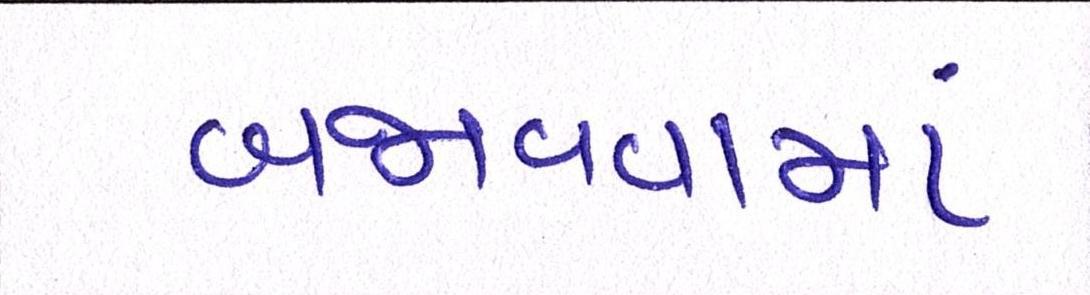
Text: બજાવવામાં